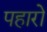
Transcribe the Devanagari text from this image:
पहारो